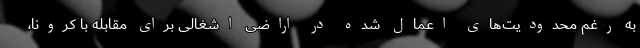
به رغم محدودیت‌های اعمال شده در اراضی اشغالی برای مقابله با کرونا،